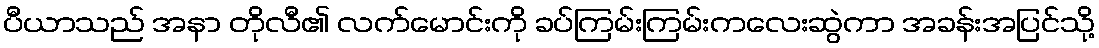
ပီယာသည် အနာ တိုလီ၏ လက်မောင်းကို ခပ်ကြမ်းကြမ်းကလေးဆွဲကာ အခန်းအပြင်သို့